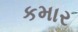
કમાર